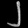
Digit: ၂